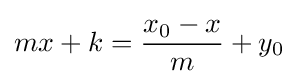
mx+k={\frac {x_{0}-x}{m}}+y_{0}